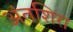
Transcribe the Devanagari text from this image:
अंतशिरा